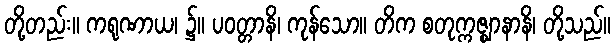
တို့တည်း။ ကရုဏာယ၊ ၌။ ပဝတ္တာနိ၊ ကုန်သော။ တိက စတုက္ကဇ္ဈာနာနိ၊ တို့သည်။